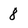
Character: 8